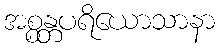
အစ္စန္တပရိယောသာနာ